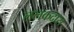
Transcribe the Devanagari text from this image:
ललकदास